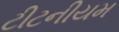
ટીટનીયમ